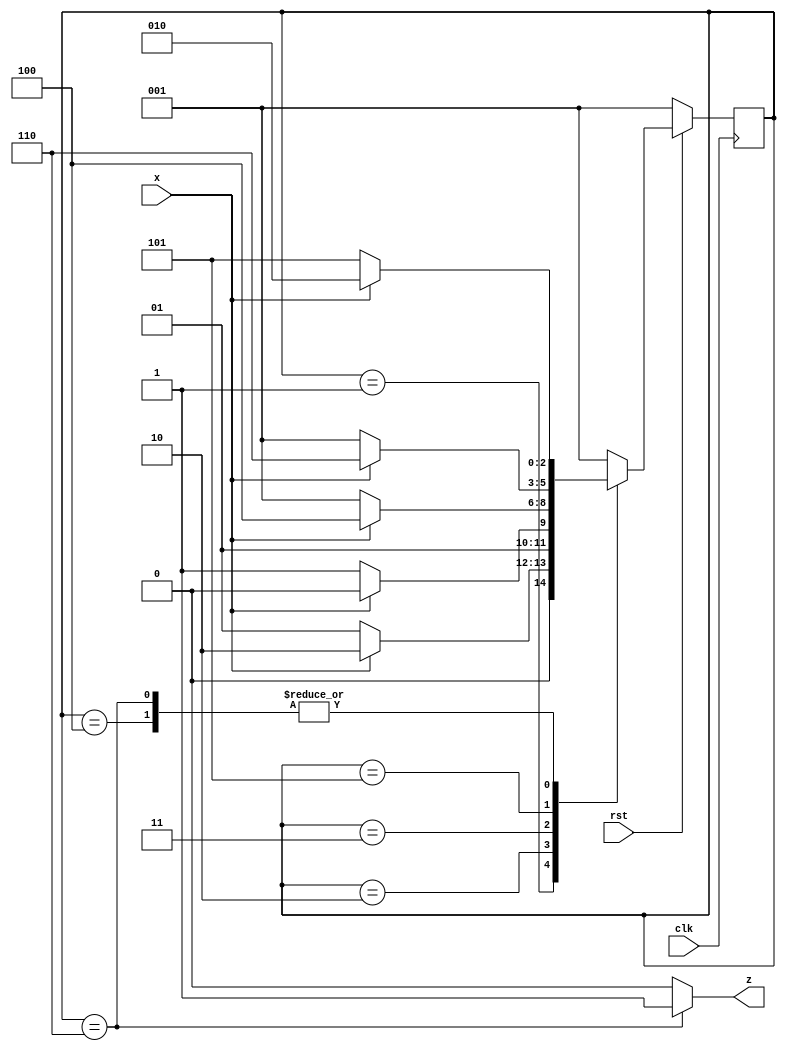
module mealy_101010(input  clk, input rst,input x, output z);
  parameter A = 4'h1;
  parameter B = 4'h2;
  parameter C = 4'h3;
  parameter D = 4'h4;
  parameter E = 4'h5;
  parameter F = 4'h6;
  
  reg [2:0] state, next_state;
  always @(posedge clk ) begin
    if(!rst) begin 
      state <= A;
    end
    else state <= next_state;
  end
  
  always @(state or x) begin
    case(state)
      A: begin
        if(x == 1) next_state = B;
           else       next_state = A;
         end
      B: begin
        if(x == 0) next_state = C;
           else       next_state =B ;
         end
      C: begin
        if(x == 1) next_state = D;
           else       next_state = A;
         end
      D: begin
        if(x == 0) next_state = E;
           else       next_state = B;
         end
      E: begin
         if(x == 1) next_state = F;
           else       next_state = A;
         end
      F: begin
        if(x == 0) next_state =E;
           else       next_state = B;
         end
      default: next_state = A;
    endcase
  end
  assign z = (state == F)? 1:0;
endmodule